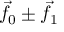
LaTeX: { \vec { f } } _ { 0 } \pm { \vec { f } } _ { 1 }